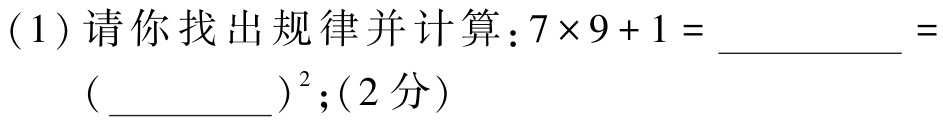
(1)请你找出规律并计算：\(7\times9 + 1 = \_\_\_\_\_\_ = (\_\_\_\_\_\_)^2\);(2分)